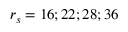
r _ { s } = 1 6 ; 2 2 ; 2 8 ; 3 6